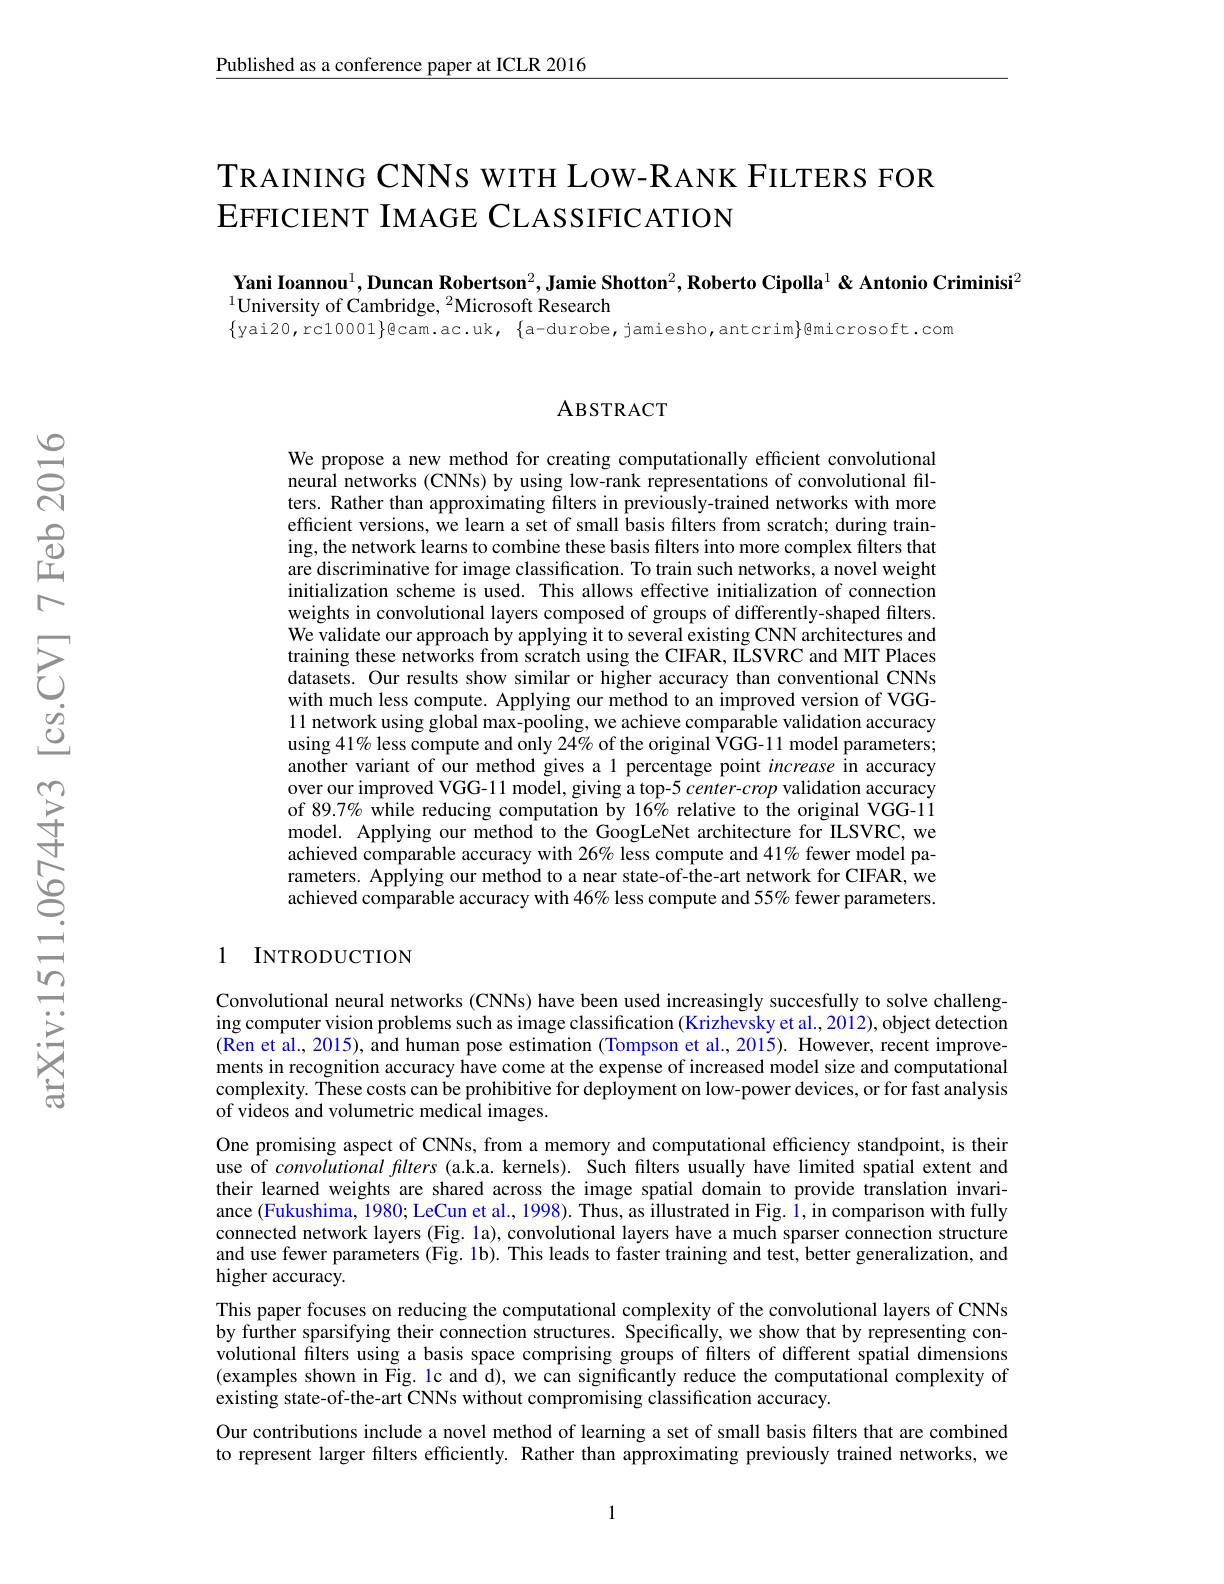
Published as a conference paper at ICLR 2016

# TRAINING CNNS wITH LOW-RANK FILTERS FOR EFFICIENT IMAGE CLASSIFICATION

Yani Ioannou$^1,\textbf{Duncan Robertson}^2,\textbf{Jamie Shotton}^2,\textbf{Roberto Cipolla}^1\&\textbf{Antonio Criminisi}^2$
$^{1}$University of Cambridge, $^2$Microsoft Research
$\{$yai20,rc10001$\}$@cam.ac.uk,$\{$a-durobe,jamiesho,antcrim$\}$@microsoft.com

ABSTRACT

We propose a new method for creating computationally efficient convolutional neural networks (CNNs) by using low-rank representations of convolutional filters. Rather than approximating filters in previously-trained networks with more efficient versions, we learn a set of small basis filters from scratch; during training, the network learns to combine these basis filters into more complex filters that are discriminative for image classification. To train such networks, a novel weight initialization scheme is used. This allows effective initialization of connection weights in convolutional layers composed of groups of differently-shaped filters. We validate our approach by applying it to several existing CNN architectures and training these networks from scratch using the CIFAR, IILSVRC and MIT Places datasets. Our results show similar or higher accuracy than conventional CNNs with much less compute. Applying our method to an improved version of VGG- 11 network using global max-pooling, we achieve comparable validation accuracy using 41% less compute and only 24% of the original VGG-11 model parameters; another variant of our method gives a 1 percentage point increase in accuracy over our improved VGG-11 model, giving a top-5 center-crop validation accuracy of 89.7% while reducing computation by 16% relative to the original VGG-11 model. Applying our method to the GoogLeNet architecture for ILSVRC, we achieved comparable accuracy with 26% less compute and 41% fewer model parameters. Applying our method to a near state-of-the-art network for CIFAR, we achieved comparable accuracy with 46% less compute and 55% fewer parameters.

### 1 INTRODUCTION

Convolutional neural networks (CNNs) have been used increasingly succesfully to solve challenging computer vision problems such as image classification (Krizhevsky et al., 2012), object detection (Ren et al., 2015), and human pose estimation (Tompson et al., 2015). However, recent improvements in recognition accuracy have come at the expense of increased model size and computational complexity. These costs can be prohibitive for deployment on low-power devices, or for fast analysis of videos and volumetric medical images.
One promising aspect of CNNs, from a memory and computational efficiency standpoint, is their use of convolutional filters (a.k.a. kernels). Such filters usually have limited spatial extent and their learned weights are shared across the image spatial domain to provide translation invariance (Fukushima, 1980; LeCun et al., 1998). Thus, as illustrated in Fig. 1, in comparison with fully connected network layers (Fig. la), convolutional layers have a much sparser connection structure and use fewer parameters (Fig. 1b). This leads to faster training and test, better generalization, and higher accuracy.
This paper focuses on reducing the computational complexity of the convolutional layers of CNNs by further sparsifying their connection structures. Specifically, we show that by representing convolutional filters using a basis space comprising groups of filters of different spatial dimensions (examples shown in Fig. lc and d), we can significantly reduce the computational complexity of existing state-of-the-art CNNs without compromising classification accuracy.
Our contributions include a novel method of learning a set of small basis filters that are combined to represent larger filters efficiently. Rather than approximating previously trained networks, we

1